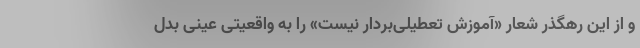
و از این رهگذر شعار «آموزش تعطیلی‌بردار نیست» را به واقعیتی عینی بدل